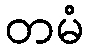
တမံ